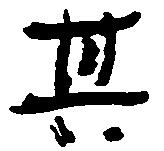
其